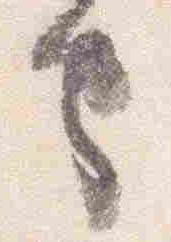
守